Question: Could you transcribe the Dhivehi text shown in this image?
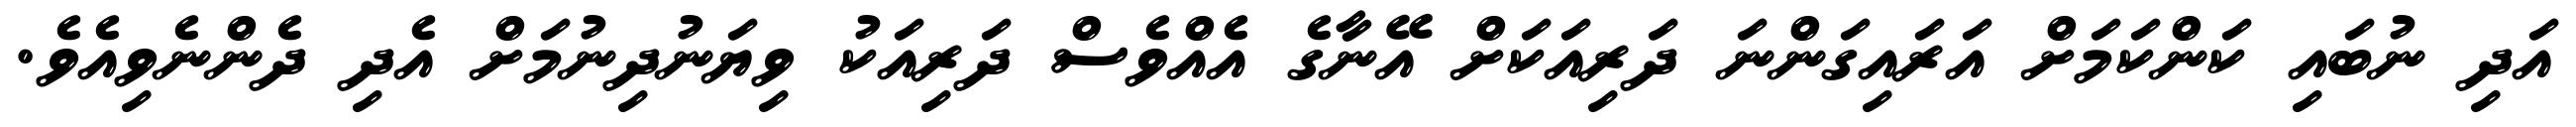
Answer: އަދި ނުބައި ކަންކަމަށް އަރައިގަންނަ ދަރިއަކަށް އޭނާގެ އެއްވެސް ދަރިއަކު ވިޔަނުދިނުމަށް އެދި ދެންނެވިއެވެ.